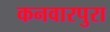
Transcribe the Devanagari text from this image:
कनवारपुरा